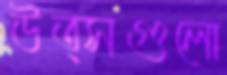
উত্সগুলো